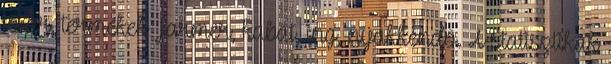
jó ár, termékek Farmer, kabát, ing, nyakkendő. A statisztikák